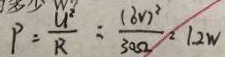
P = \frac { U ^ { 2 } } { R } = \frac { ( 6 V ) } { 3 0 \Omega } ^ { 2 } = 1 2 W